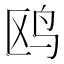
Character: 鸥